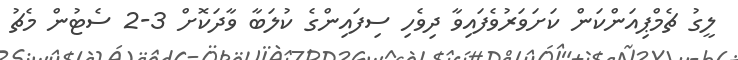
ލީގު ޗެމްޕިއަންކަން ކަށަވަރުވެފައިވާ ދިވެހި ސިފައިންގެ ކުލަބާ ވާދަކޮށް 3-2 ސެޓުން މެޗު